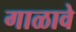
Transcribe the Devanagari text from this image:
गाळावे